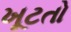
ખૂટતો